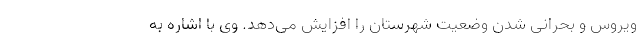
ویروس و بحرانی شدن وضعیت شهرستان را افزایش می‌دهد. وی با اشاره به